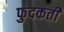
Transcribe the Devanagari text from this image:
फुदकती